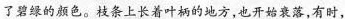
了碧绿的颜色。枝条上长着叶柄的地方，也开始衰落，有时，